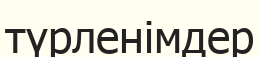
түрленімдер